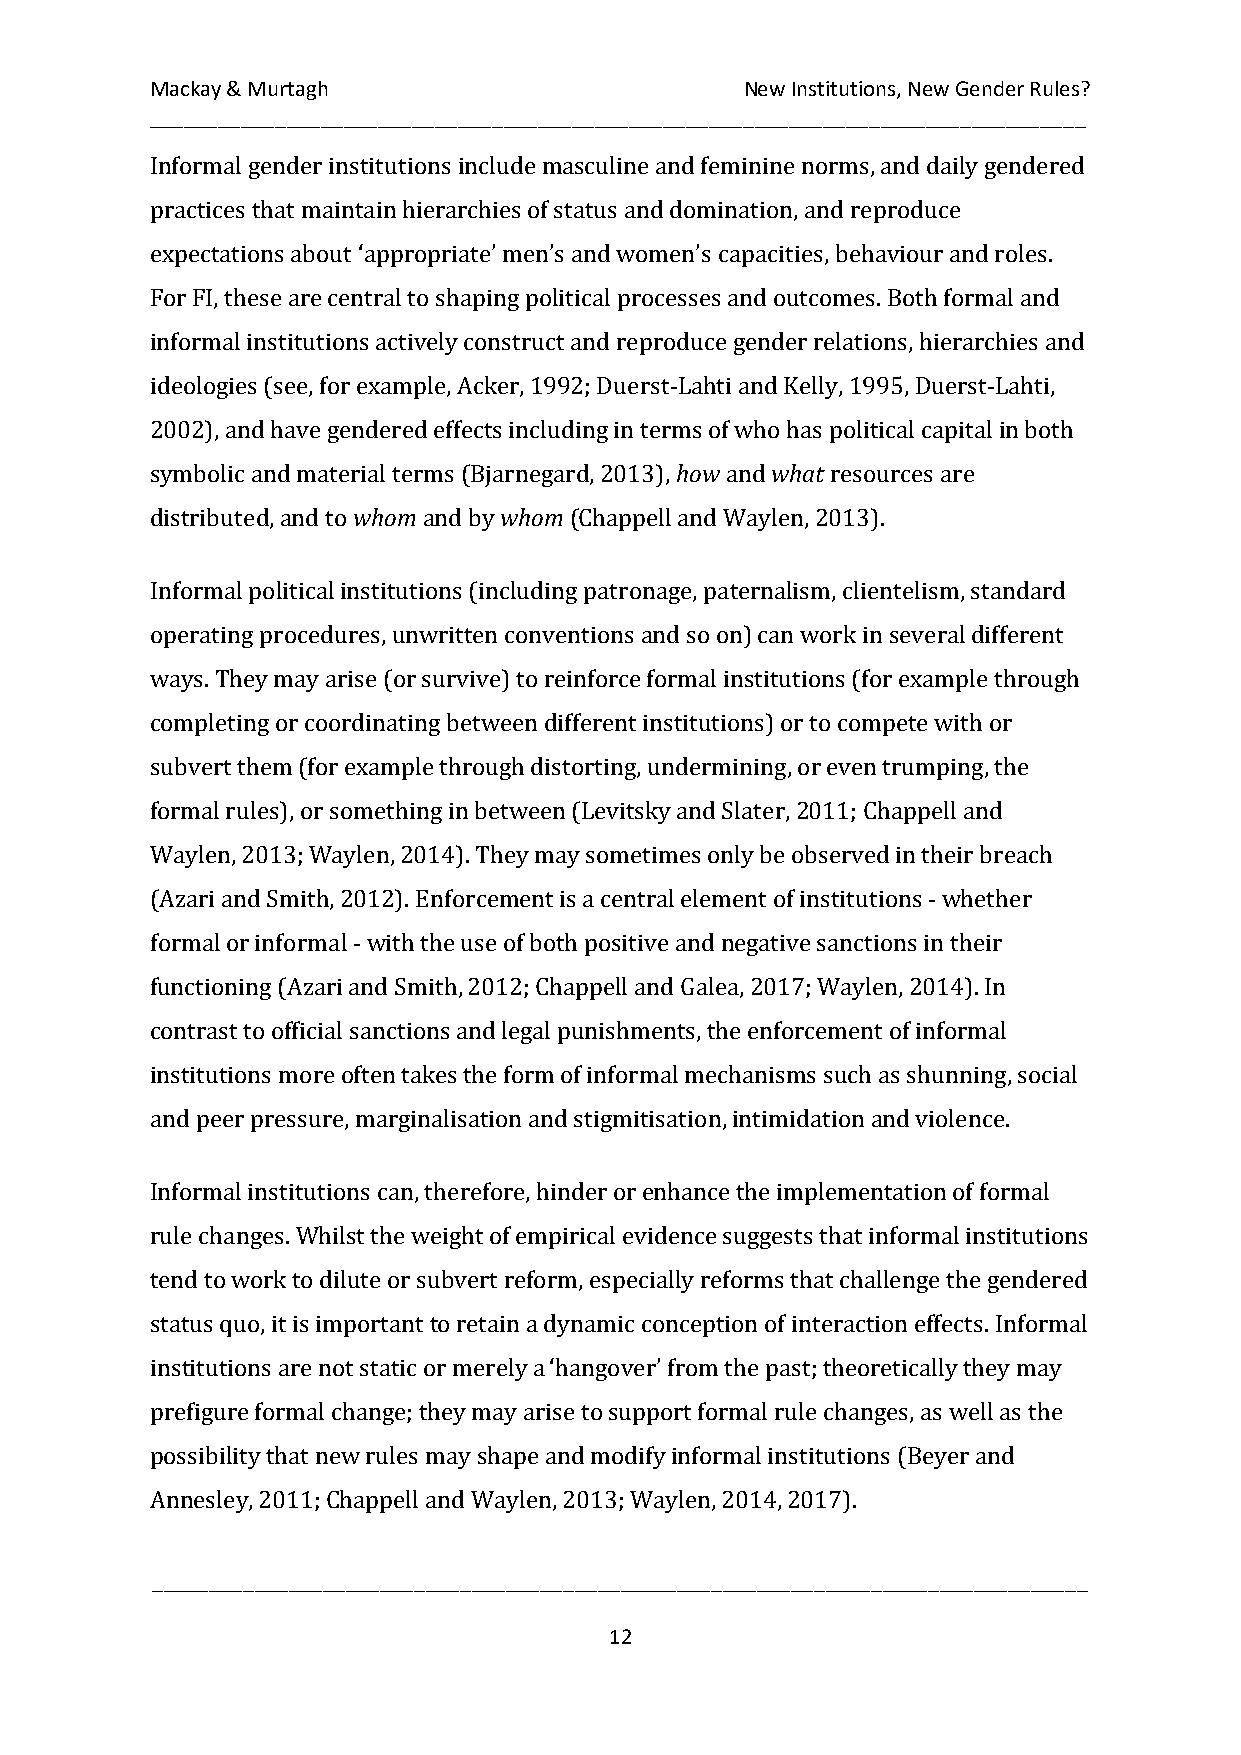
Mackay & Murtagh                       New Institutions, New Gender Rules?
 __________________________________________________________________________________
 Informal gender institutions include masculine and feminine norms, and daily gendered
 practices that maintain hierarchies of status and domination, and reproduce
 expectations about ‘appropriate’ men’s and women’s capacities, behaviour and roles.
 For FI, these are central to shaping political processes and outcomes. Both formal and
 informal institutions actively construct and reproduce gender relations, hierarchies and
 ideologies (see, for example, Acker, 1992; Duerst-Lahti and Kelly, 1995, Duerst-Lahti,
 how   what
 2002), and have gendered effects including in terms of who has political capital in both
 whom      whom
 symbolic and material terms (Bjarnegard, 2013), and resources are
 distributed, and to and by  (Chappell and Waylen, 2013).
 Informal political institutions (including patronage, paternalism, clientelism, standard
 operating procedures, unwritten conventions and so on) can work in several different
 ways. They may arise (or survive) to reinforce formal institutions (for example through
 completing or coordinating between different institutions) or to compete with or
 subvert them (for example through distorting, undermining, or even trumping, the
 formal rules), or something in between (Levitsky and Slater, 2011; Chappell and
 Waylen, 2013; Waylen, 2014). They may sometimes only be observed in their breach
 (Azari and Smith, 2012). Enforcement is a central element of institutions - whether
 formal or informal - with the use of both positive and negative sanctions in their
 functioning (Azari and Smith, 2012; Chappell and Galea, 2017; Waylen, 2014). In
 contrast to official sanctions and legal punishments, the enforcement of informal
 institutions more often takes the form of informal mechanisms such as shunning, social
 and peer pressure, marginalisation and stigmitisation, intimidation and violence.
 Informal institutions can, therefore, hinder or enhance the implementation of formal
 rule changes. Whilst the weight of empirical evidence suggests that informal institutions
 tend to work to dilute or subvert reform, especially reforms that challenge the gendered
 status quo, it is important to retain a dynamic conception of interaction effects. Informal
 institutions are not static or merely a ‘hangover’ from the past; theoretically they may
 prefigure formal change; they may arise to support formal rule changes, as well as the
 possibility that new rules may shape and modify informal institutions (Beyer and
 Annesley, 2011; Chappell and Waylen, 2013; Waylen, 2014, 2017).
 __________________________________________________________________________________
 12